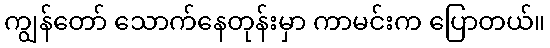
ကျွန်တော် သောက်နေတုန်းမှာ ကာမင်းက ပြောတယ်။